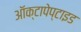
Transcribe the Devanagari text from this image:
ऑक्टापेप्टाइड